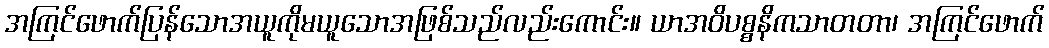
အကြင်ဖောက်ပြန်သောအယူကိုမယူသောအဖြစ်သည်လည်းကောင်း။ ယာအဝိပစ္စနိကသာတတာ၊ အကြင်ဖောက်